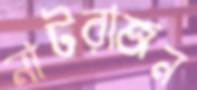
নাটরাজন